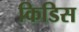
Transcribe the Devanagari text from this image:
किडिस